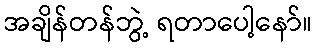
အချိန်တန်ဘွဲ့ ရတာပေါ့နော်။